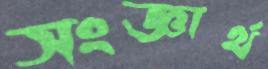
সংজ্ঞার্থ